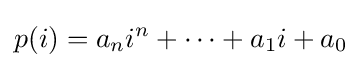
p(i)=a_{n}i^{n}+\dotsb +a_{1}i+a_{0}